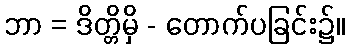
ဘာ = ဒိတ္တိမှိ - တောက်ပခြင်း၌။